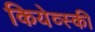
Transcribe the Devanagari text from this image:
कियेव्स्की